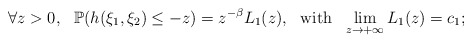
\begin{align*}\forall z>0,\ \ \mathbb P(h(\xi_1,\xi_2)\le -z)=z^{-\beta}L_1(z),\ \ \mbox{with}\ \ \lim_{z\rightarrow+\infty}L_1(z)=c_1;\end{align*}